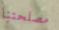
مصلحتنا